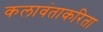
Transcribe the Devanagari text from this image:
कलावंताकरिता